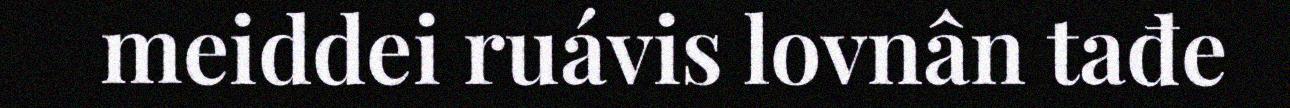
meiddei ruávis lovnân tađe